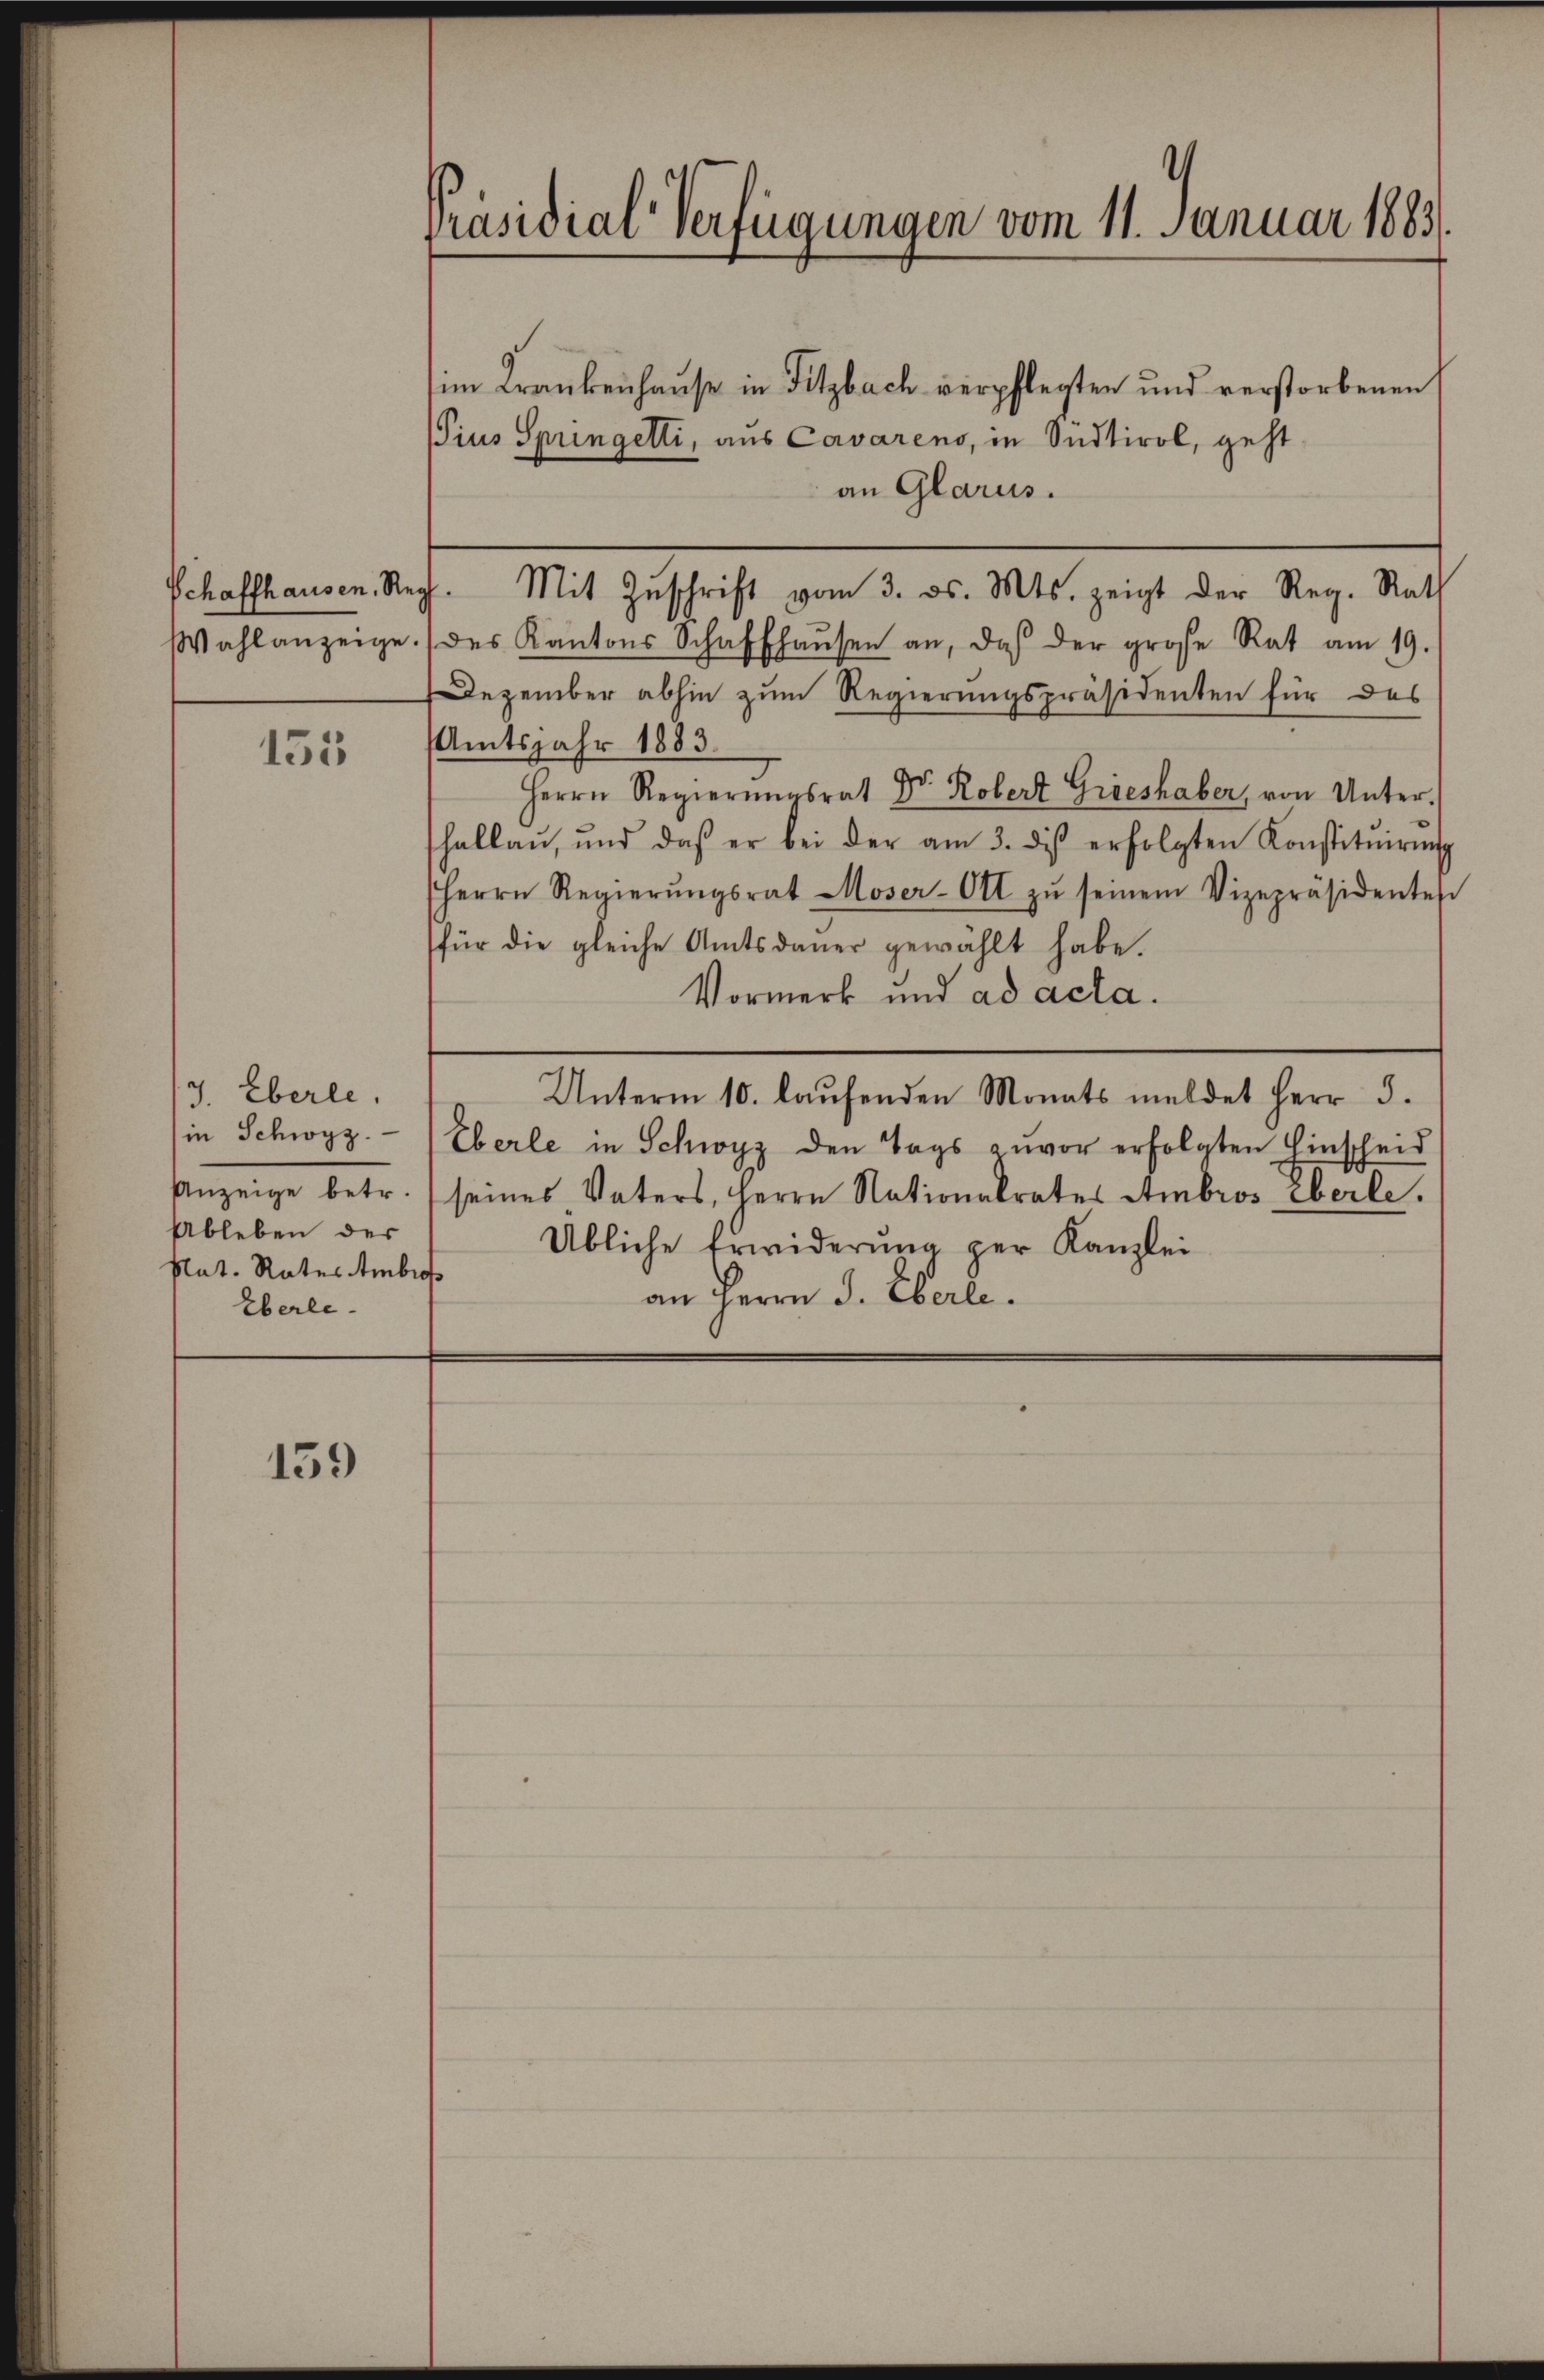
Wahlanzeige.

135

J. Eberle.
(in Schwyz.
Anzeige betr.
Ableben der
plat. Rates Ambrot
Eberle¬

139

Präsidial-Verfügungen vom 11. Januar 1883.

im Krankenhause in Sitzbach verpflegten und verstorbenen
(Pius Springetti, aus Cavarens, in Südtirol, geht
an Glarus.
Schaffhausen. Rech. Mit Zŭschrift vom 3. ds. Mts. zeigt der Reg. Rath
des Kantons Schaffhaŭsen an, daß der große Rat am 19.
Dezember abhin zum Regierungspräsidenten für das
Amtsjahr 1883.
Herrn Regierŭngsrat Dr. Robert Grieshaber, von Unterhallaŭ, und daß er bei der am 3. ds erfolgten Konstitŭirŭng
Herrn Regierŭngsrat Moser-Ott zŭ seinem Vizepräsidenten
für die gleiche Amtsdauer gewählt habe.
Vormerk und ad acta.
Unterm 10. laŭfenden Monats meldet Herr 5.
Eberle in Schwyz den Tags zuvor erfolgten Einscheid
seines Vaters, Herrn Nationalrates Ambros eberle.
Übliche Erwiderŭng per Kanzlei
an Herrn J. Eberle.